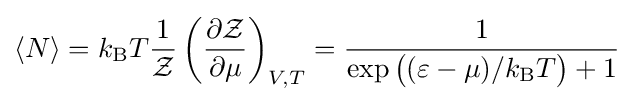
\langle N\rangle =k_{\rm {B}}T{\frac {1}{\mathcal {Z}}}\left({\frac {\partial {\mathcal {Z}}}{\partial \mu }}\right)_{V,T}={\frac {1}{\exp {\big (}(\varepsilon -\mu )/k_{\rm {B}}T{\big )}+1}}